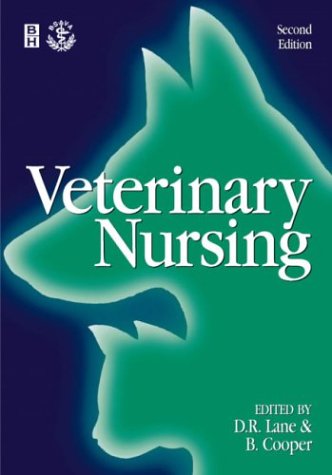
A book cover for Veterinary Nursing, 2e; Denis Richard Lane MSc  BSc (Vet Sci)  FRCVS  FRAgS  BSc (Hons) AAB&T; Medical Books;